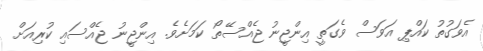
އެވަގުތު ކައްޕި އަވަސް ވެގަތީ އިންޖީނު ޖެއްސޭތޯ ކަމަށެވެ. އިންޖީނު ޖެއްސައި ކުރިއަށް